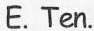
E.Ten.